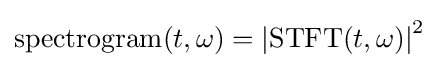
\mathrm {spectrogram} (t,\omega )=\left|\mathrm {STFT} (t,\omega )\right|^{2}